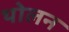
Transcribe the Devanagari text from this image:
थोलन